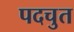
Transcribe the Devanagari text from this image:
पदचुत